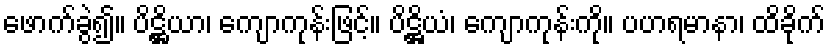
ဖောက်ခွဲ၍။ ပိဋ္ဌိယာ၊ ကျောကုန်းဖြင့်။ ပိဋ္ဌိယံ၊ ကျောကုန်းကို။ ပဟရမာနာ၊ ထိခိုက်